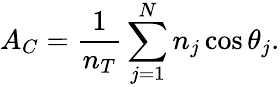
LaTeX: A_{C}=\frac{1}{n_{T}}\sum_{j=1}^{N}n_{j}\cos\theta_{j}.